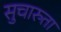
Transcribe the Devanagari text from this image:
सुचारुता